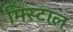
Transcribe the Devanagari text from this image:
मिस्टाल